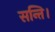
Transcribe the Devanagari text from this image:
सन्ति।